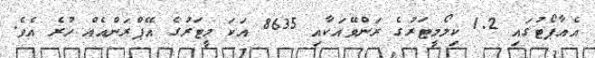
އެއާޕޯޓުގައި 1.2 ކިލޯމީޓަރުގެ ރަންވޭއަކާއި 8635 އަކަ މީޓަރުގެ އޭޕްރަންއެއް ހުރެ އެވެ.